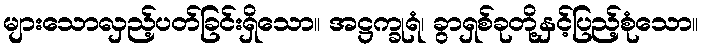
များသောလှည့်ပတ်ခြင်းရှိသော။ အဋ္ဌက္ခုရံ၊ ခွာရှစ်ခုတို့နှင့်ပြည့်စုံသော။